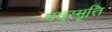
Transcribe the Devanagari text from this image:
मनुस्मृत्ति